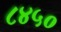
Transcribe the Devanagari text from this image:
८४५०